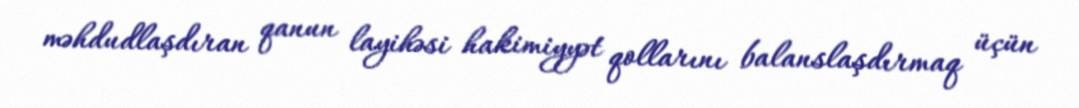
məhdudlaşdıran qanun layihəsi hakimiyyət qollarını balanslaşdırmaq üçün